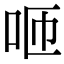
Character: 咂